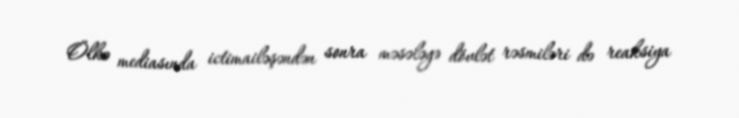
Ölkə mediasında ictimailəşəndən sonra məsələyə dövlət rəsmiləri də reaksiya